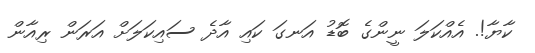
ކާޔާ!. އެއްކަލަ ނީންގެ ބޮޑު އަނގަ ކައި އާދެ ސައިކަލަށް އަރަން ރިއާން